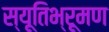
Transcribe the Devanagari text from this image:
स्यूतिभ्रूमण